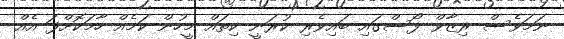
ނަމަވެސް ރިޒާވް ފޯސްގައި ބައިވެރި ކުރަނީ ކިތައް މީހުން ކަމެއް ހާމަކޮށްފަ އެއް